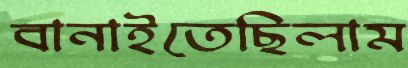
বানাইতেছিলাম